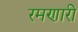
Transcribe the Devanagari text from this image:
रमणारी